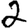
Digit: 2